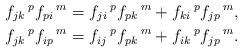
LaTeX: \begin{align*}& f_{jk}\,^{p}f_{pi}\,^{m}=f_{ji}\,^{p}f_{pk}\,^{m}+f_{ki}\,^{p}f_{jp}\,^{m},\\&f_{jk}\,^{p}f_{ip}\,^{m}=f_{ij}\,^{p}f_{pk}\,^{m}+f_{ik}\,^{p}f_{jp}\,^{m}.\end{align*}